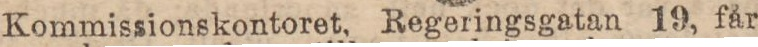
Kommissionskontoret, Regeringsgatan 19, får